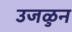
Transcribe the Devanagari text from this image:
उजळुन